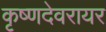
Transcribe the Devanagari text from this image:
कृष्णदेवरायर